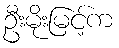
ဦးမိုးမြင့်က